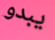
يبدو